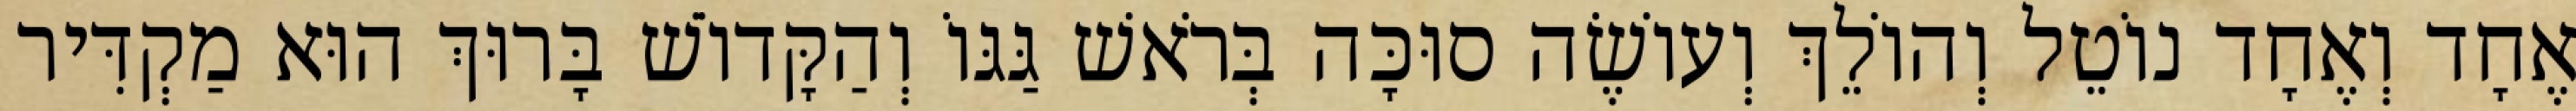
אֶחָד וְאֶחָד נוֹטֵל וְהוֹלֵךְ וְעוֹשֶׂה סוּכָּה בְּרֹאשׁ גַּגּוֹ וְהַקָּדוֹשׁ בָּרוּךְ הוּא מַקְדִּיר